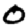
Digit: 0